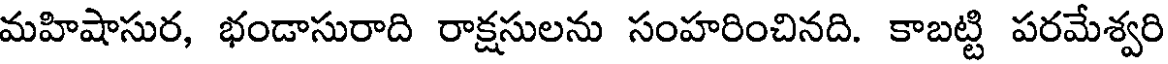
మహిషాసుర, భండాసురాది రాక్షసులను సంహరించినది. కాబట్టి పరమేశ్వరి